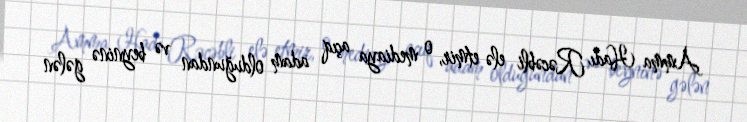
Amma Hadı Rəcəbli elə etmir, o mediaya açıq adam olduğundan və beyninə gələn